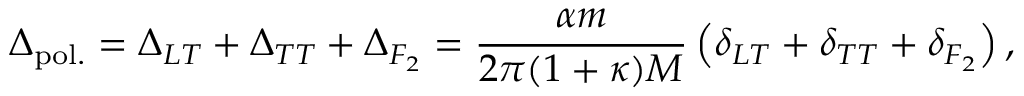
\Delta _ { \mathrm { p o l . } } = \Delta _ { L T } + \Delta _ { T T } + \Delta _ { F _ { 2 } } = \frac { \alpha m } { 2 \pi ( 1 + \kappa ) M } \left( \delta _ { L T } + \delta _ { T T } + \delta _ { F _ { 2 } } \right) ,